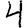
Digit: 4